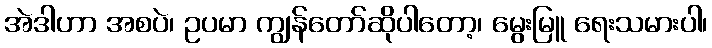
အဲဒါဟာ အစပဲ၊ ဥပမာ ကျွန်တော်ဆိုပါတော့၊ မွေးမြူ ရေးသမားပါ၊